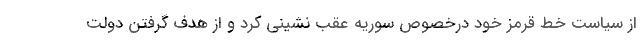
از سیاست خط قرمز خود درخصوص سوریه عقب نشینی کرد و از هدف گرفتن دولت